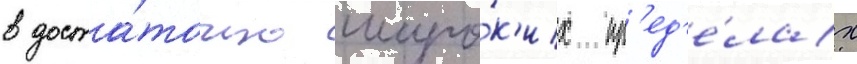
в доста́точно широ́к'их пр'ед'е́лах